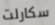
سكارلت